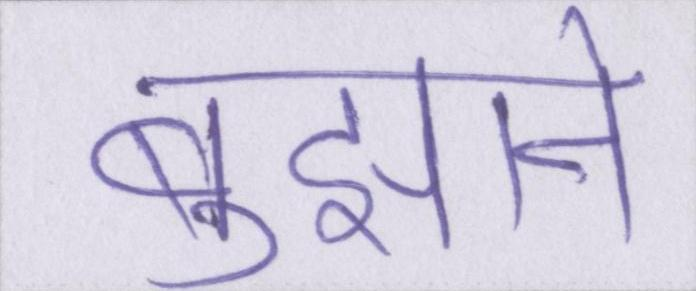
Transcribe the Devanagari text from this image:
बुझाने